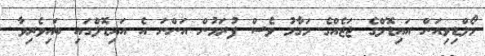
މޯލްޑިވިއަން އައިޑޮލްގެ ޖަޖެއްގެ މަގާމު ވެސް ފުރަމުން އަންނަ އެ އައިޑޮލްގައި ބައިވެރިވާ